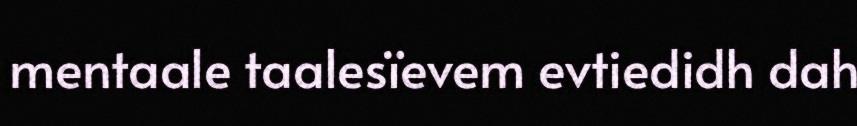
mentaale taalesïevem evtiedidh dah